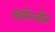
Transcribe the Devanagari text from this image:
शारिल्जीन